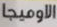
الاوميجا